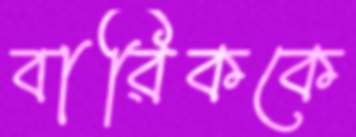
বারিককে